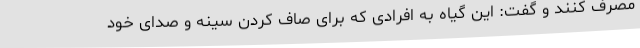
مصرف کنند و گفت: این گیاه به افرادی که برای صاف کردن سینه و صدای خود